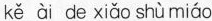
kě ài de xiǎo shù miáo